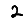
Digit: 2